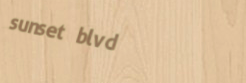
sunset blvd